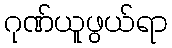
ဂုဏ်ယူဖွယ်ရာ